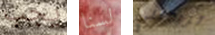
يجب لسنا تريدنني